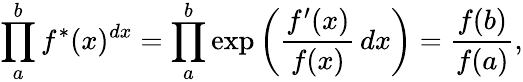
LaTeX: \prod_{a}^{b}f^{*}(x)^{dx}=\prod_{a}^{b}\exp\left({\frac{f^{\prime}(x)}{f(x)}}\, dx\right)={\frac{f(b)}{f(a)}},